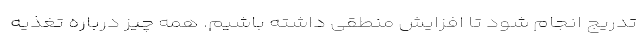
‌تدریج انجام شود تا افزایش منطقی داشته باشیم. همه چیز درباره تغذیه